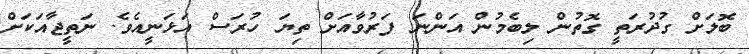
ބޮލަށް ގުދުރަތީ ގޮތުން ލިބެމުން އަންނަ ފަރުވާއަށް ތިޔަ ހުރަސް އަޅަނީއެވެ. ނަތީޖާއަކަށް